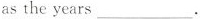
as the years___.